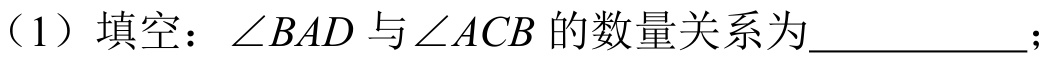
（1）填空：\(\angle BAD\)与\(\angle ACB\)的数量关系为  ；